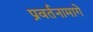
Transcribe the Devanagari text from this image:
प्रवर्तनामागे